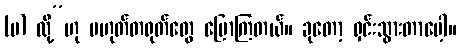
(မ) လို့”ဟု မဟုတ်တရုတ်တွေ ပြောကြတယ်။ ခုတော့ ရှင်းသွားတာပေါ့။